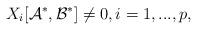
LaTeX: \begin{align*} X_i[{\cal A}^*, {\cal B}^*]\ne 0, i=1,...,p,\end{align*}